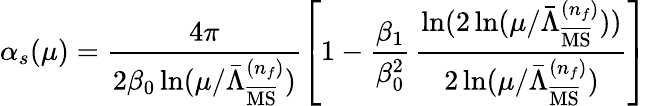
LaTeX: \alpha_{s}(\mu)=\frac{4\pi}{2\beta_{0}\ln(\mu/\bar{\Lambda}_{\overline{{{\mathrm{MS}}}}}^{(n_{f})})}\left[1-\frac{\beta_{1}}{\beta_{0}^{2}}\, \frac{\ln(2\ln(\mu/\bar{\Lambda}_{\overline{{{\mathrm{MS}}}}}^{(n_{f})}))}{2\ln(\mu/\bar{\Lambda}_{\overline{{{\mathrm{MS}}}}}^{(n_{f})})}\right]